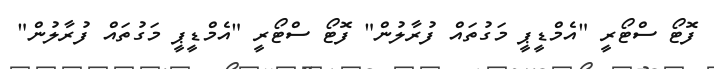
ފޮޓޯ ސްޓޯރީ "އެމްޑީޕީ މަގުތައް ފުރާލުން" ފޮޓޯ ސްޓޯރީ "އެމްޑީޕީ މަގުތައް ފުރާލުން"